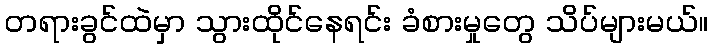
တရားခွင်ထဲမှာ သွားထိုင်နေရင်း ခံစားမှုတွေ သိပ်များမယ်။